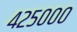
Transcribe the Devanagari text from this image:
४२५०००